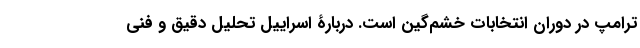
ترامپ در دوران انتخابات خشم‌گین است. دربارۀ اسراییل تحلیل دقیق و فنی